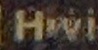
Hivi